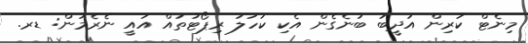
މިނެޓް ކުރިން އަދީބު ބުނެގެން އެކި ކަހަލަ ރިޕޯޓުތައް އައީ ނެރެމުން: ޑރ.